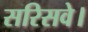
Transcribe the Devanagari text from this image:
सरिसवे।